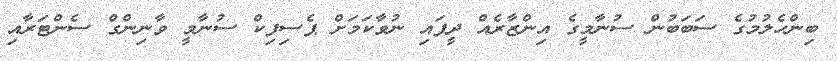
ބިންހެލުމުގެ ސަބަބުން ސުނާމީގެ އިންޒާރެއް ދީފައި ނުވާކަމަށް ޕެސިފިކް ސުނާމީ ވާނިންގް ސެންޓަރާއި